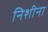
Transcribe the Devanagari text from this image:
निशीना